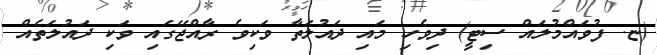
(ޏ. ފުވައްމުލައް ސިޓީ) ދިވެހި މައި ދައުލަތާ ވަކިވެ ރާއްޖޭގައި ވަކި ދައުލަތެއް